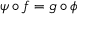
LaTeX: \psi \circ f = g \circ \phi